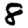
Digit: 8